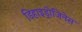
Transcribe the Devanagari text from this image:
डिहाइड्रोजिनेस